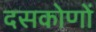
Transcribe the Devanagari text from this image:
दसकोणों